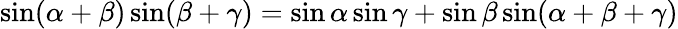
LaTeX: \sin(\alpha+\beta)\sin(\beta+\gamma)=\sin\alpha\sin\gamma+\sin\beta\sin(\alpha+\beta+\gamma)